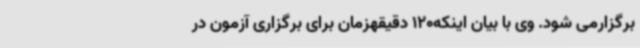
برگزارمی شود. وی با بیان اینکه120 دقیقهزمان برای برگزاری آزمون در